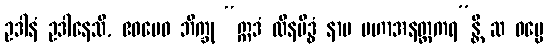
ဥဒါနံ ဥဒါနေသိ, ဧဝမေဝ ဘိက္ခု “ဣဒံ ထိနမိဒ္ဓံ နာမ မဟာအနတ္ထကရ”န္တိ ဆ ဓမ္မေ